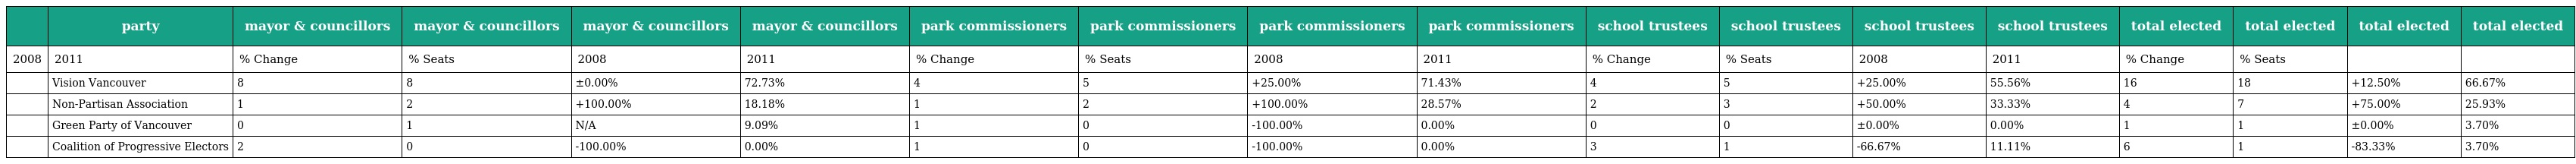
|  | party | mayor & councillors | mayor & councillors | mayor & councillors | mayor & councillors | park commissioners | park commissioners | park commissioners | park commissioners | school trustees | school trustees | school trustees | school trustees | total elected | total elected | total elected | total elected |
 | --- | --- | --- | --- | --- | --- | --- | --- | --- | --- | --- | --- | --- | --- | --- | --- | --- | --- |
 | 2008 | 2011 | % Change | % Seats | 2008 | 2011 | % Change | % Seats | 2008 | 2011 | % Change | % Seats | 2008 | 2011 | % Change | % Seats |  |  |
 |  | Vision Vancouver | 8 | 8 | ±0.00% | 72.73% | 4 | 5 | +25.00% | 71.43% | 4 | 5 | +25.00% | 55.56% | 16 | 18 | +12.50% | 66.67% |
 |  | Non-Partisan Association | 1 | 2 | +100.00% | 18.18% | 1 | 2 | +100.00% | 28.57% | 2 | 3 | +50.00% | 33.33% | 4 | 7 | +75.00% | 25.93% |
 |  | Green Party of Vancouver | 0 | 1 | N/A | 9.09% | 1 | 0 | -100.00% | 0.00% | 0 | 0 | ±0.00% | 0.00% | 1 | 1 | ±0.00% | 3.70% |
 |  | Coalition of Progressive Electors | 2 | 0 | -100.00% | 0.00% | 1 | 0 | -100.00% | 0.00% | 3 | 1 | -66.67% | 11.11% | 6 | 1 | -83.33% | 3.70% |